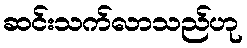
ဆင်းသက်လာသည်ဟု